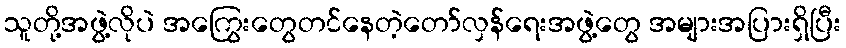
သူတို့အဖွဲ့လိုပဲ အကြွေးတွေတင်နေတဲ့တော်လှန်ရေးအဖွဲ့တွေ အများအပြားရှိပြီး